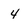
Character: 4